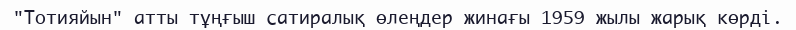
"Тотияйын" атты тұңғыш сатиралық өлеңдер жинағы 1959 жылы жарық көрді.